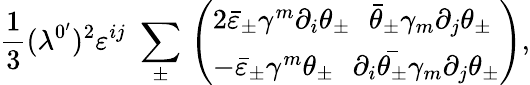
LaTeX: \frac 13(\lambda^{0^{\prime}})^{2}\varepsilon^{ij}\, \, \sum_{\pm}\, \left(\begin{array}{l}{{2\bar{\varepsilon}_{\pm}\gamma^{m}\partial_{i}\theta_{\pm}\, \, \, \, \bar{\theta}_{\pm}\gamma_{m}\partial_{j}\theta_{\pm}}}\\ {{-\bar{\varepsilon}_{\pm}\gamma^{m}\theta_{\pm}\, \, \, \, \partial_{i}\bar{\theta_{\pm}}\gamma_{m}\partial_{j}\theta_{\pm}}}\end{array}\right),